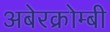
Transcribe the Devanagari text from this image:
अबेरक्रोम्बी